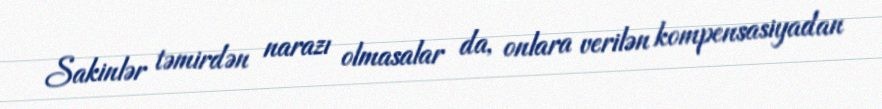
Sakinlər təmirdən narazı olmasalar da, onlara verilən kompensasiyadan